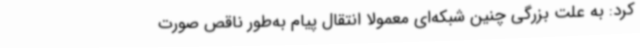
کرد: به علت بزرگی چنین شبکه‌ای معمولاً انتقال پیام به‌طور ناقص صورت